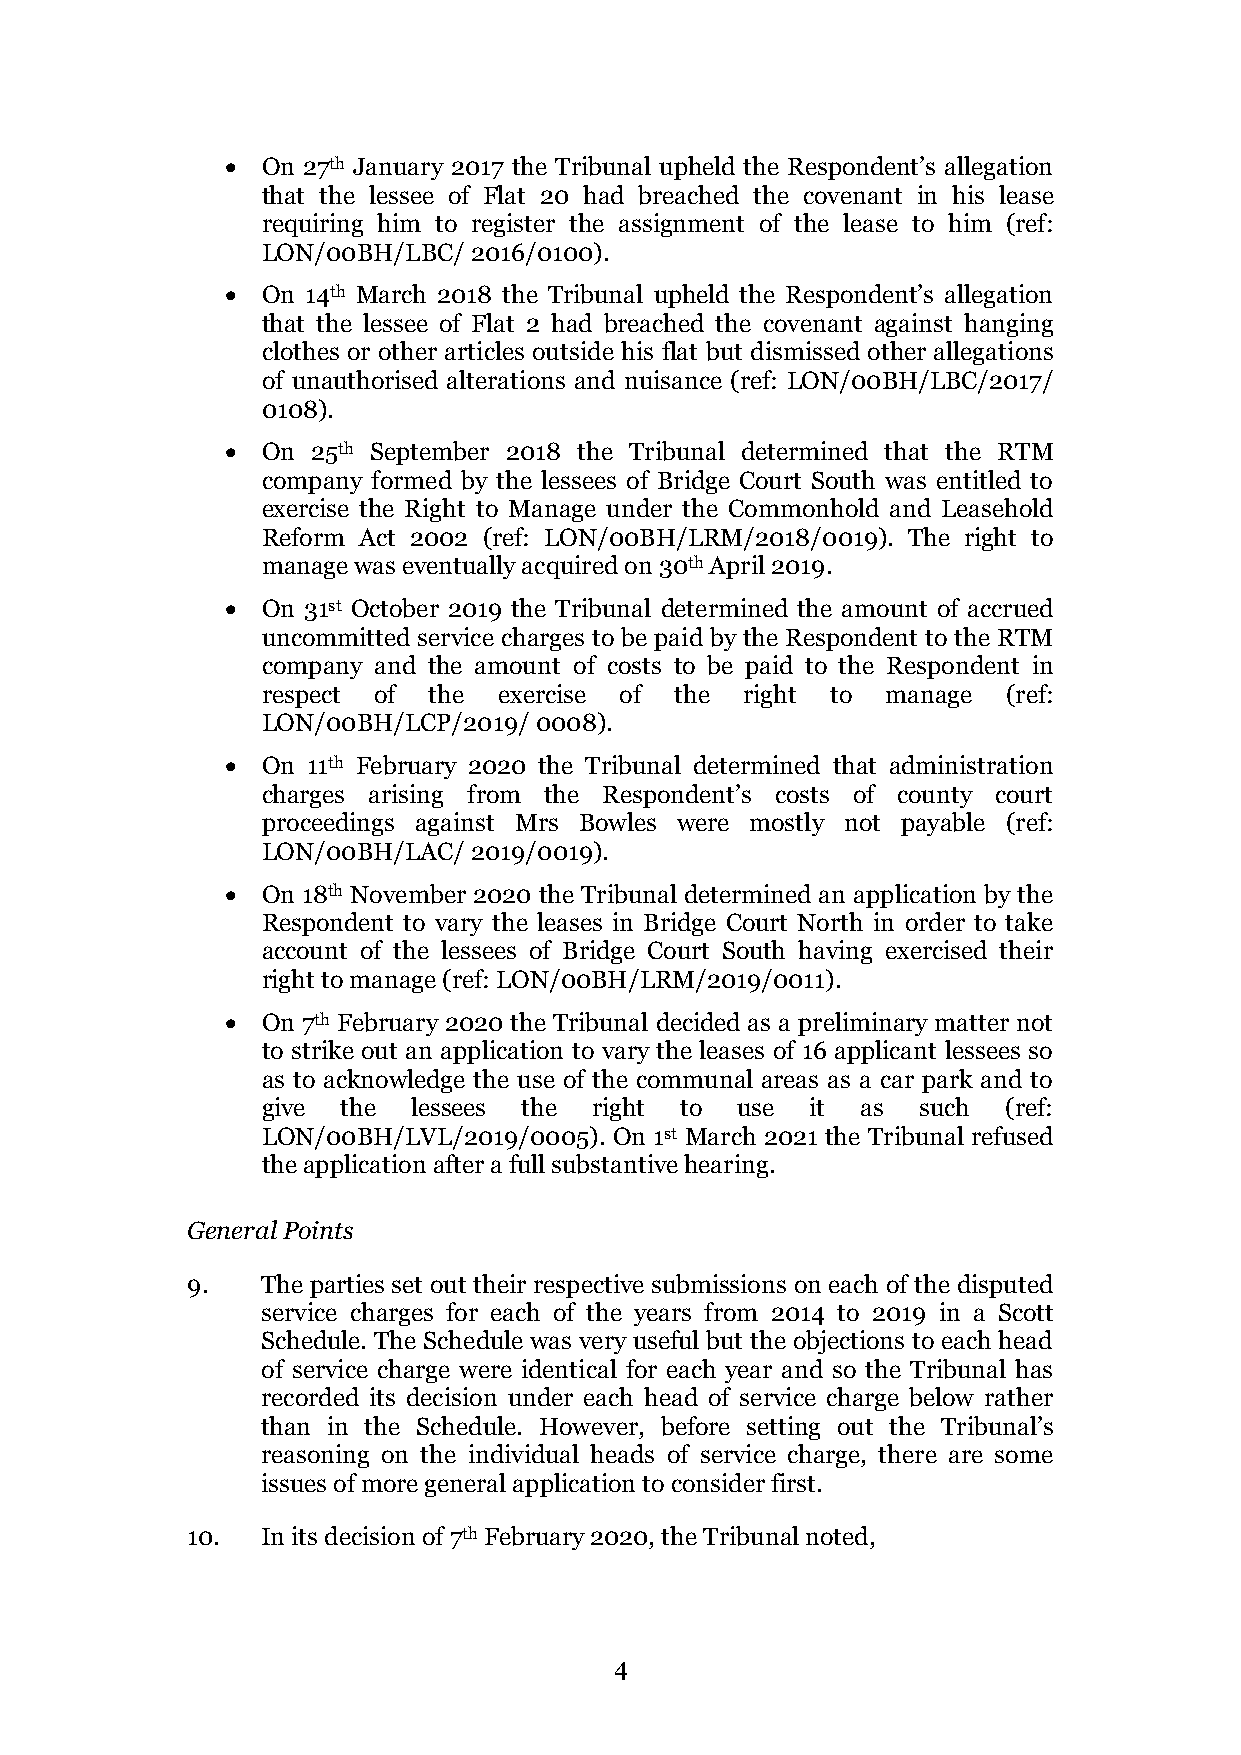
• On 27th January 2017 the Tribunal upheld the Respondent’s allegation
 that the lessee of Flat 20 had breached the covenant in his lease
 requiring him to register the assignment of the lease to him (ref:
 LON/00BH/LBC/ 2016/0100).
 • On 14th March 2018 the Tribunal upheld the Respondent’s allegation
 that the lessee of Flat 2 had breached the covenant against hanging
 clothes or other articles outside his flat but dismissed other allegations
 of unauthorised alterations and nuisance (ref: LON/00BH/LBC/2017/
 0108).
 • On  25th September 2018 the Tribunal determined that the RTM
 company formed by the lessees of Bridge Court South was entitled to
 exercise the Right to Manage under the Commonhold and Leasehold
 Reform Act 2002 (ref: LON/00BH/LRM/2018/0019). The right to
 manage was eventually acquired on 30th April 2019.
 • On 31st October 2019 the Tribunal determined the amount of accrued
 uncommitted service charges to be paid by the Respondent to the RTM
 company and the amount of costs to be paid to the Respondent in
 respect of the  exercise of the right to  manage  (ref:
 LON/00BH/LCP/2019/ 0008).
 • On 11th February 2020 the Tribunal determined that administration
 charges arising from the Respondent’s costs of county court
 proceedings against Mrs Bowles were mostly not payable (ref:
 LON/00BH/LAC/ 2019/0019).
 • On 18th November 2020 the Tribunal determined an application by the
 Respondent to vary the leases in Bridge Court North in order to take
 account of the lessees of Bridge Court South having exercised their
 right to manage (ref: LON/00BH/LRM/2019/0011).
 • On 7th February 2020 the Tribunal decided as a preliminary matter not
 to strike out an application to vary the leases of 16 applicant lessees so
 as to acknowledge the use of the communal areas as a car park and to
 give  the lessees the right to  use  it as  such  (ref:
 LON/00BH/LVL/2019/0005). On 1st March 2021 the Tribunal refused
 the application after a full substantive hearing.
 General Points
 9.   The parties set out their respective submissions on each of the disputed
 service charges for each of the years from 2014 to 2019 in a Scott
 Schedule. The Schedule was very useful but the objections to each head
 of service charge were identical for each year and so the Tribunal has
 recorded its decision under each head of service charge below rather
 than in the Schedule. However, before setting out the Tribunal’s
 reasoning on the individual heads of service charge, there are some
 issues of more general application to consider first.
 10.  In its decision of 7th February 2020, the Tribunal noted,
 4